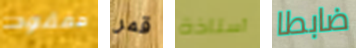
مفقود قمر أستاذة ضابطا